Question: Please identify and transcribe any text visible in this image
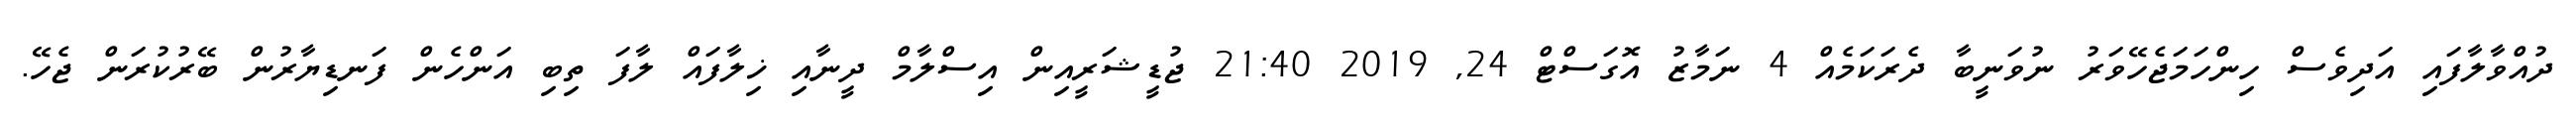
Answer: ދުއްވާލާފައި އަދިވެސް ހިންހަމަޖެހޭވަރު ނުވަނީބާ ދެރަކަމެއް 4 ނަމާޒު އޮގަސްޓް 24, 2019 21:40 ޖުޑީޝަރީއިން އިސްލާމް ދީނާއި ޚިލާފައް ލާފަ ތިބި އަންހެން ފަނޑިޔާރުން ބޭރުކުރަން ޖެހޭ.